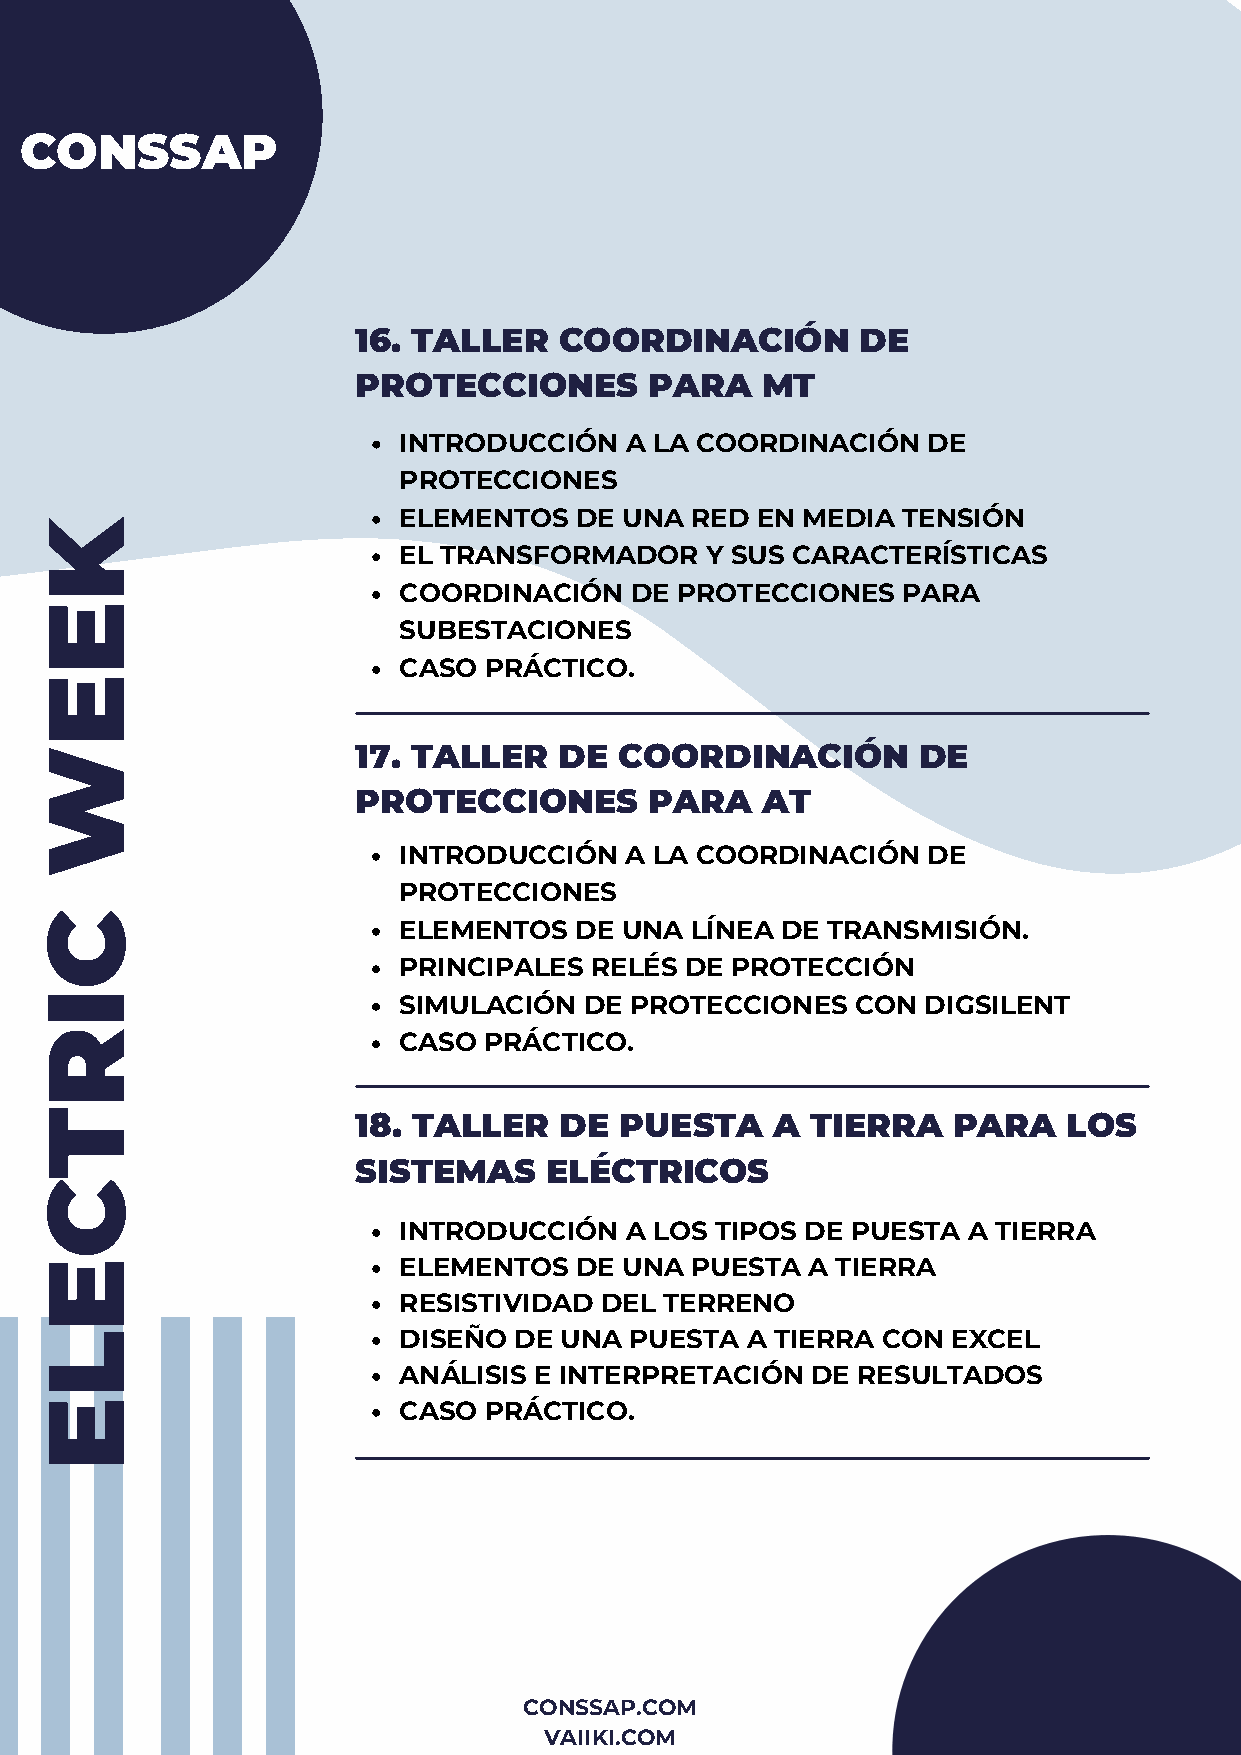
CONSSAP
 16. TALLER   COORDINACIÓN        DE
 PROTECCIONES       PARA   MT
 INTRODUCCIÓN   A LA COORDINACIÓN   DE
 PROTECCIONES
 ELEMENTOS   DE UNA  RED EN MEDIA  TENSIÓN
 K
 EL TRANSFORMADOR     Y SUS CARACTERÍSTICAS
 COORDINACIÓN    DE PROTECCIONES   PARA
 E
 SUBESTACIONES
 CASO  PRÁCTICO.
 E
 W                    17. TALLER   DE  COORDINACIÓN        DE
 PROTECCIONES       PARA   AT
 INTRODUCCIÓN   A LA COORDINACIÓN   DE
 PROTECCIONES
 C
 ELEMENTOS   DE UNA  LÍNEA DE TRANSMISIÓN.
 PRINCIPALES  RELÉS DE PROTECCIÓN
 I                      SIMULACIÓN   DE PROTECCIONES   CON DIGSILENT
 R                      CASO  PRÁCTICO.
 T                    18. TALLER   DE  PUESTA    A  TIERRA   PARA    LOS
 SISTEMAS    ELÉCTRICOS
 C
 INTRODUCCIÓN   A LOS TIPOS DE PUESTA  A TIERRA
 E                      ELEMENTOS   DE UNA  PUESTA A TIERRA
 RESISTIVIDAD  DEL TERRENO
 L                      DISEÑO  DE UNA  PUESTA A TIERRA CON  EXCEL
 ANÁLISIS E INTERPRETACIÓN   DE RESULTADOS
 E                      CASO  PRÁCTICO.
 CONSSAP.COM
 VAIIKI.COM